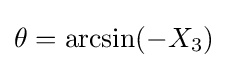
\theta =\arcsin(-X_{3})